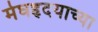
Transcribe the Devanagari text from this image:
मेघहृदयाच्या